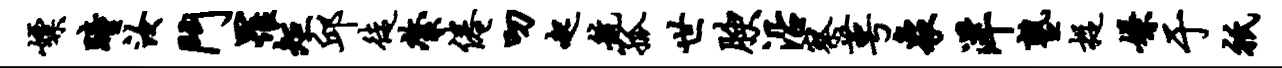
嫖瞳汝斗罹矩邱徒綮倦叨起航孤世腴沿察萼象洋塾捉嫌于只